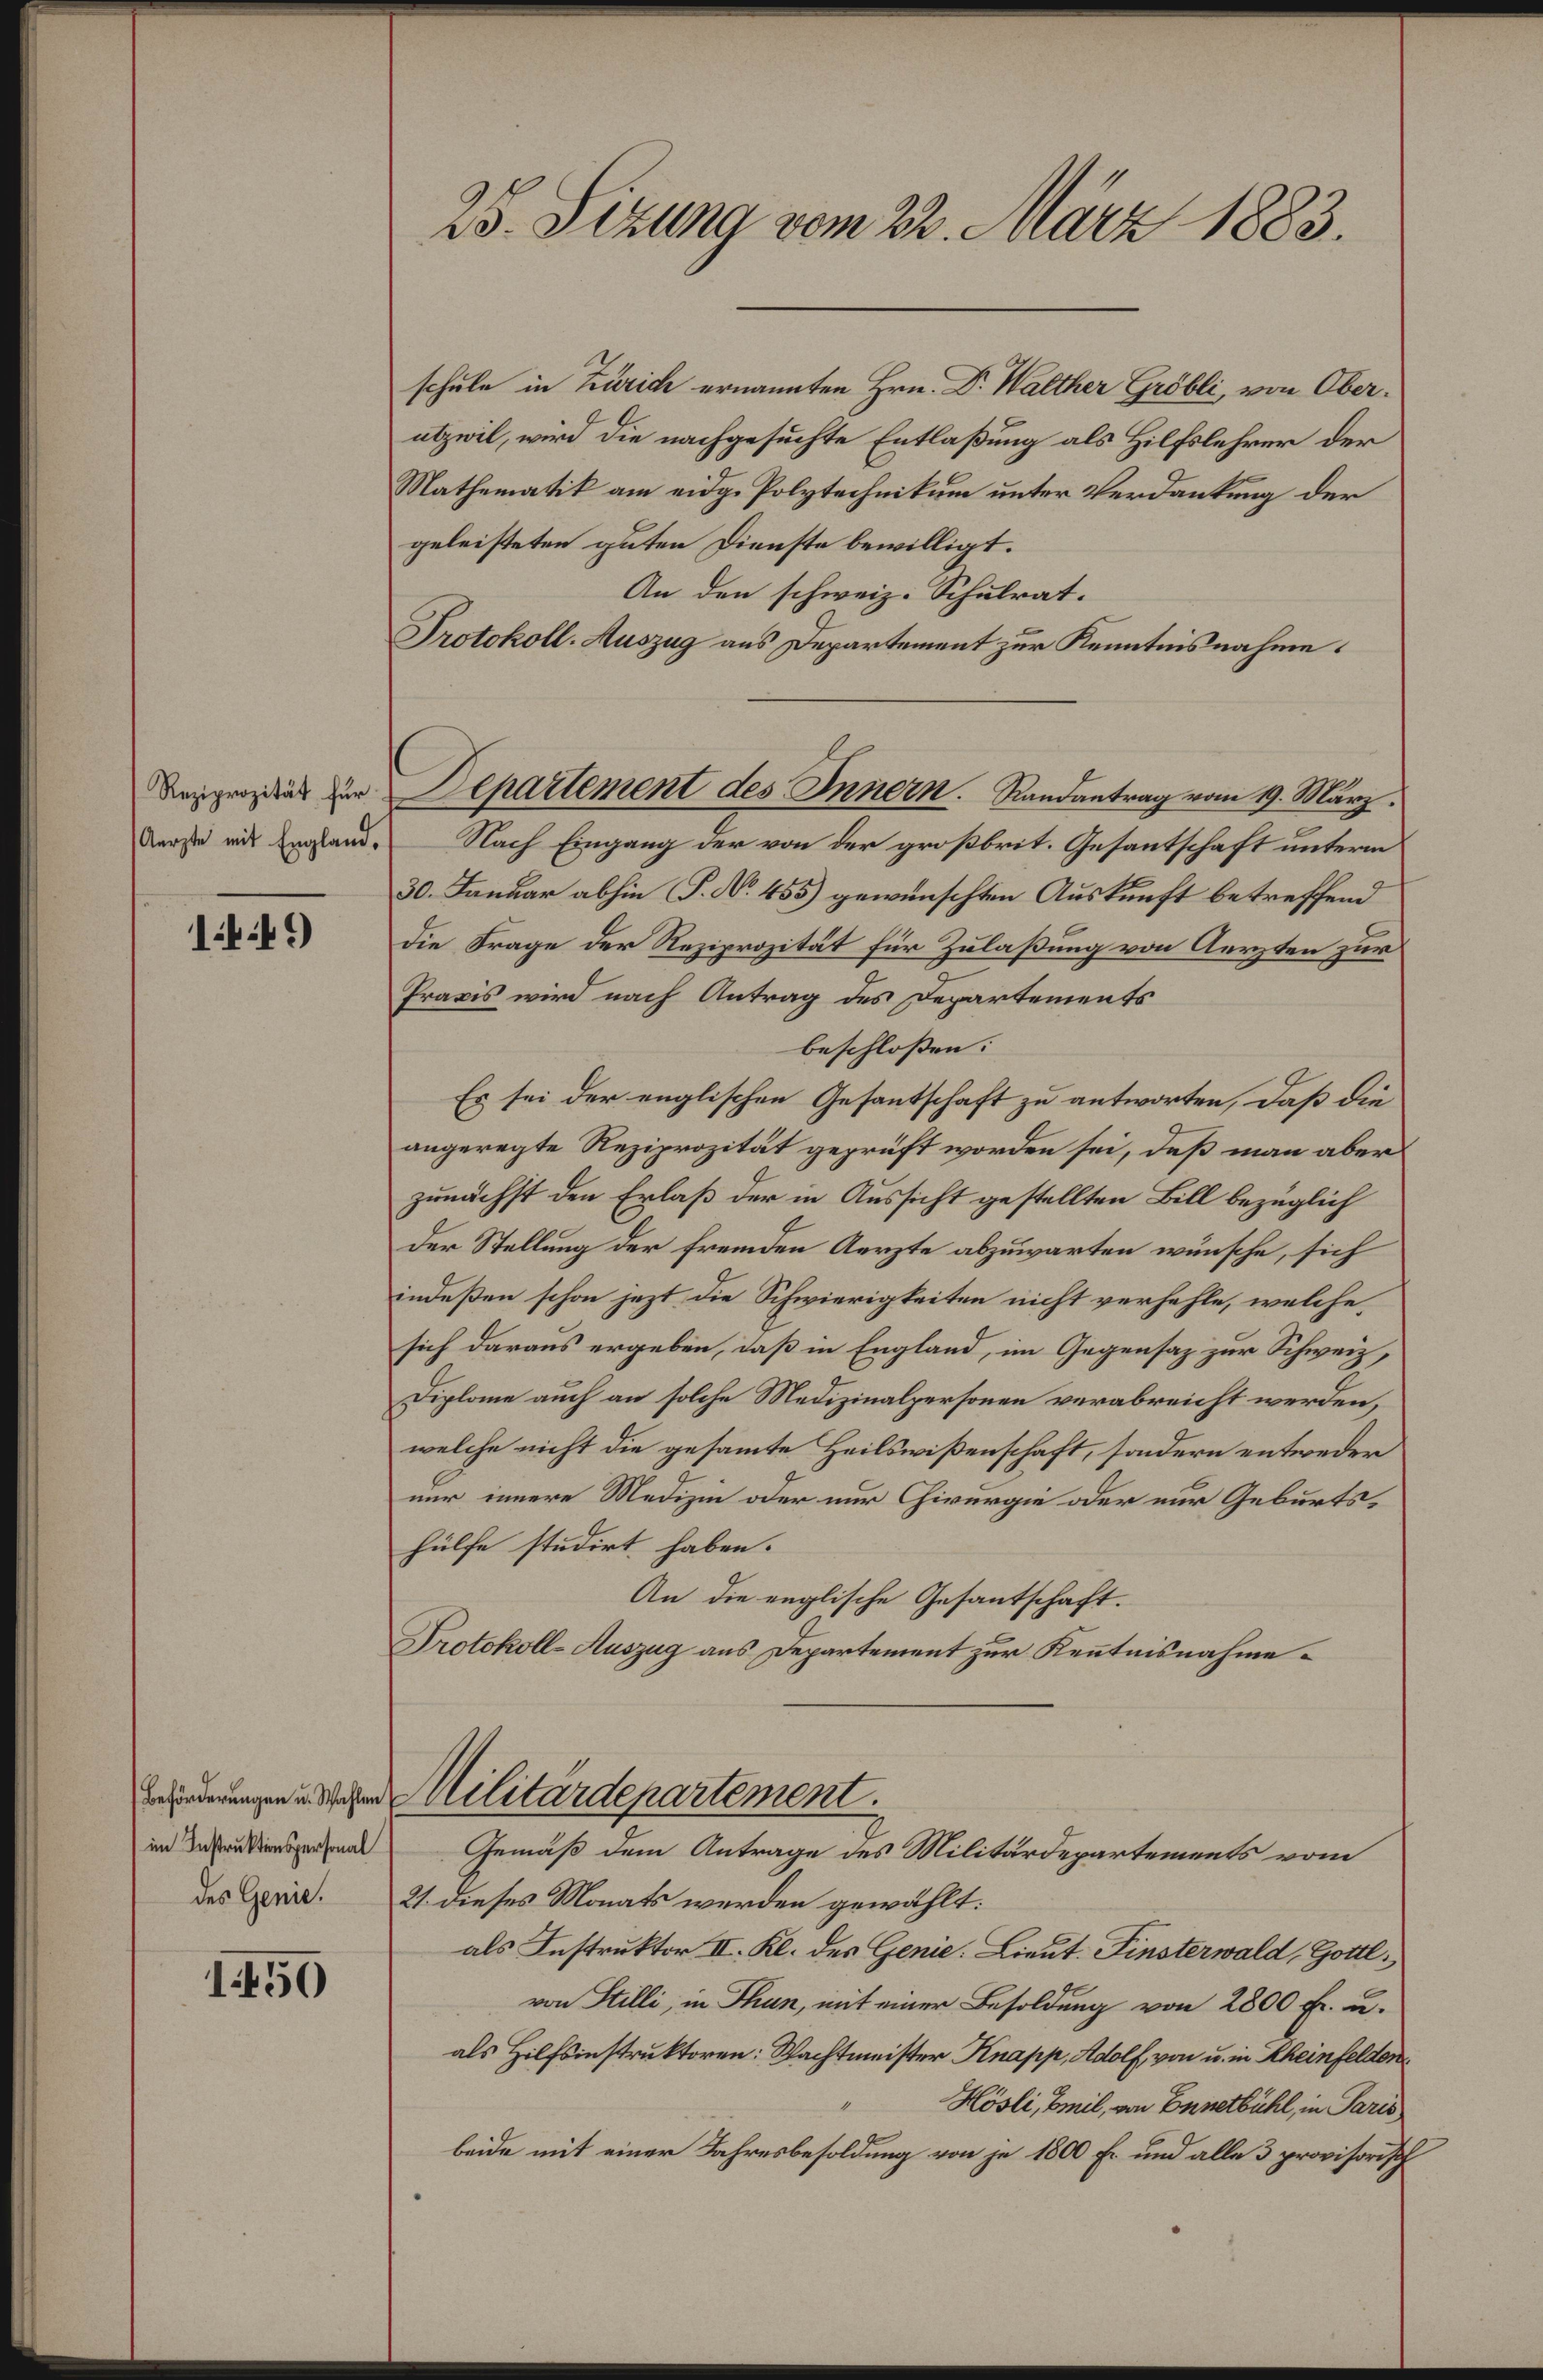
2r. dtng von 2. Nar 1883.
schäle in Rik ermaunten Hrn I. Mällter e0l ein Oba¬
eril, ird die nachgesuchte Entlaßung als Hilfolehrer der
Matheratt an eidg. Polgtechitun unter Vendanteng der
geleistetn guten Dienste bewilligt.
An den schweiz. Schelrat.
Dotkoll. azig ans Dezartement zur Kentisnahnme.
Rezizerzität für
nste it Ergland.
4443
Seaartenmeet der Ieneen Selentang vn 9 Mag
Nach Eingang der von der gr sbrit. Gesantschaft untern
30. Sankor abhie J . 185 gewunschten Austieft betreffen
die Krage der Reipeitlt für Zülasungvn erzeezu
Prais wird nach Antrag des Departements
beschloßen:
Es sei der englischee Gesantschaft zu antworten aß die
angeregte Reziprozität geprüft worden sei, deß man aber
zundchst den Erlaß der in Aussicht gestellten Bell bezüglich
der Stallung der frenden erzte abzugarten wünsche, sich
indeßen schon jazt die Schwierigteiten nicht verhchle, welhe
sich daraus ergeben, daß in England, im Gegensaz zur Schweiz,
Diplme auch an solche Medizinalzersonen verabreicht werden,
welche rnicht die gesamte Heilsißenschaft, sindern entweden
nr innere Medizin oder nur hwurgie ader aur Gebrti¬
fülfe stedirt haben.
An de reglische Gesantschaft.
Dolkoll. azag aus Departeent zur Ketisnahme¬
eferdkrkngen s eafr
 in Rastmitenzesnal
des Gne
50
ilteneree
Gemäß dem Antrage es Militärdepartemets vom
2. Dieses Mats werden gewählt.
als Instruttor I. K. des HGenie Brut Knerwalat, Zoal¬
vn Rlli, in Ran mit miner Besildung von 2000 Er. u¬
als Hilfinstrultoren. Wachtmmister Snasip, Wolh vn nin einhelt
„Nooli, nit vn etbull in. Rn
bde mit einr Rachrrobesoaldung von je 10 E. und ale  prisaush